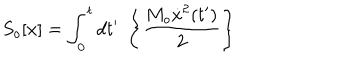
LaTeX: S _ { o } [ x ] = \int _ { 0 } ^ { t } { d t ^ { \prime } } \; \left\{ \frac { M _ { o } \dot { x } ^ { 2 } ( t ^ { \prime } ) } { 2 } \right\}